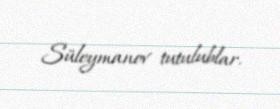
Süleymanov tutulublar.